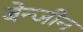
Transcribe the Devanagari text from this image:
बेन्जीन